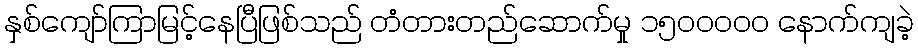
နှစ်ကျော်ကြာမြင့်နေပြီဖြစ်သည် တံတားတည်ဆောက်မှု ၁၅၀၀ဝဝဝ နောက်ကျခဲ့